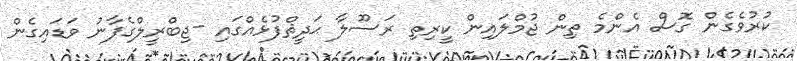
ކުރުވެގެން ގޮސް އެންމެ ތިން ޖުމްލައިން ކީރިތި ރަސޫލާ ޙަދީޘްފުޅެއްގައި -ޖިބްރީލްގެފާނު ވަޑައިގެން